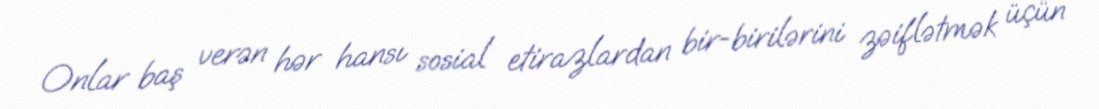
Onlar baş verən hər hansı sosial etirazlardan bir-birilərini zəiflətmək üçün